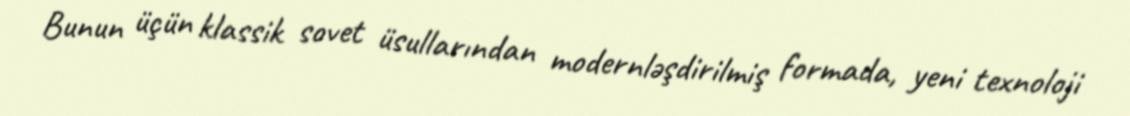
Bunun üçün klassik sovet üsullarından modernləşdirilmiş formada, yeni texnoloji